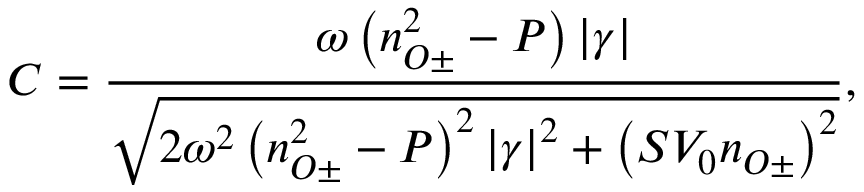
C = \frac { \omega \left( n _ { O \pm } ^ { 2 } - P \right) \left| \gamma \right| } { \sqrt { 2 \omega ^ { 2 } \left( n _ { O \pm } ^ { 2 } - P \right) ^ { 2 } \left| \gamma \right| ^ { 2 } + \left( S V _ { 0 } n _ { O \pm } \right) ^ { 2 } } } ,